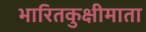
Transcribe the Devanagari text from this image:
भारितकुक्षीमाता